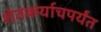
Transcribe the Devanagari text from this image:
शेतकर्याचपर्यंत